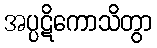
အပ္ပဋိကောသိတွာ